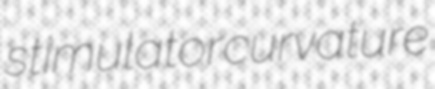
stimulator curvature